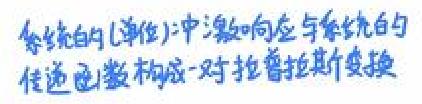
系统的(单位)冲激响应与系统的传递函数构成一对拉普拉斯变换